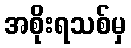
အစိုးရသစ်မှ